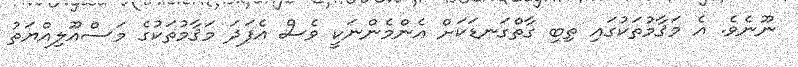
ނޫނެވެ. އެ މަޤާމުތަކުގައި ތިބި ގާތްގަނޑަކަށް އެންމެންނަކީ ވެސް އެފަދަ މަޤާމުތަކުގެ މަސްއޫލިއްޔަތު